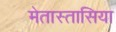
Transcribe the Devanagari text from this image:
मेतास्तासिया